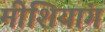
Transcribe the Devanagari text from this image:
मीशियांग